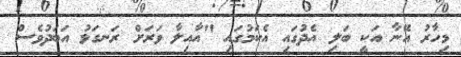
މިހާރު އޭނާ އަކީ ބަލި އެދުގައި އެކަމުގައި "އާއިލާ ވަރަށް ރަނގަޅު އަބަދުވެސް